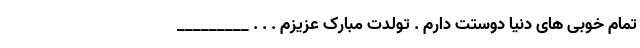
تمام خوبی های دنیا دوستت دارم . تولدت مبارک عزیزم . . . _________